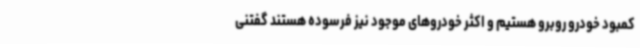
کمبود خودرو روبرو هستیم و اکثر خودروهای موجود نیز فرسوده هستند گفتنی